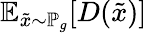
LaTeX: \mathbb{E}_{{\tilde{x}}\sim\mathbb{P}_{g}}[D({\tilde{x}})]